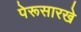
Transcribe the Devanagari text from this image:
पेरूसारखे